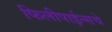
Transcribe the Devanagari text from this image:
फिलीपाईन्सचे